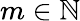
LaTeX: m\in\mathbb{N}